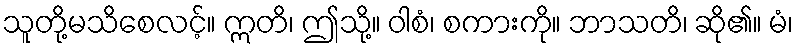
သူတို့မသိစေလင့်။ ဣတိ၊ ဤသို့။ ဝါစံ၊ စကားကို။ ဘာသတိ၊ ဆို၏။ မံ၊